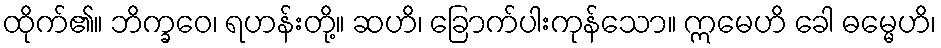
ထိုက်၏။ ဘိက္ခဝေ၊ ရဟန်းတို့။ ဆဟိ၊ ခြောက်ပါးကုန်သော။ ဣမေဟိ ခေါ ဓမ္မေဟိ၊